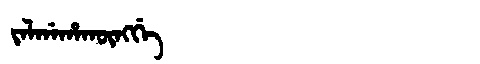
Manchu: ᠵᠠᠯᡤᠠᡥᠠᡴᡡᠩᡤᡝ
Romanization: JALGAHAKŪNGGE